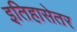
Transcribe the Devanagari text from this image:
इतिहासेतर